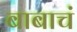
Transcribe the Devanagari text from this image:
बाबाचं